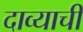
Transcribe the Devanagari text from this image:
दाव्याची